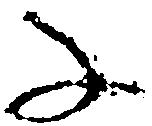
子